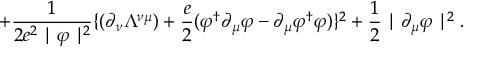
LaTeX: + \frac { 1 } { 2 e ^ { 2 } \mid \varphi \mid ^ { 2 } } \{ ( \partial _ { \nu } \Lambda ^ { \nu \mu } ) + \frac { e } { 2 } ( \varphi ^ { \dagger } \partial _ { \mu } \varphi - \partial _ { \mu } \varphi ^ { \dagger } \varphi ) \} ^ { 2 } + \frac { 1 } { 2 } \mid \partial _ { \mu } \varphi \mid ^ { 2 } .